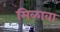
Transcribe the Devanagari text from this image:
मिळावा